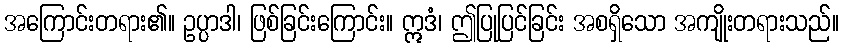
အကြောင်းတရား၏။ ဥပ္ပာဒါ၊ ဖြစ်ခြင်းကြောင်း။ ဣဒံ၊ ဤပြုပြင်ခြင်း အစရှိသော အကျိုးတရားသည်။